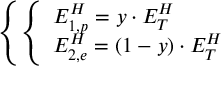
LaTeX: \left\{ \left\{ \begin{array} { l l } { { E _ { 1 , p } ^ { H } = y \cdot E _ { T } ^ { H } } } \\ { { E _ { 2 , e } ^ { H } = ( 1 - y ) \cdot E _ { T } ^ { H } } } \end{array} \right. \right.